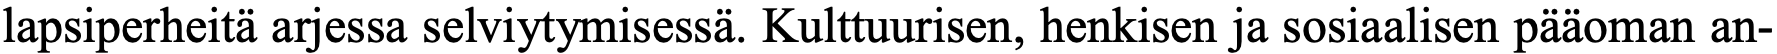
lapsiperheitä arjessa selviytymisessä. Kulttuurisen, henkisen ja sosiaalisen pääoman an-